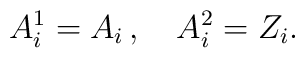
A^{1}_{i} =  A_i \,, \quad A^{2}_{i} =  Z_i.